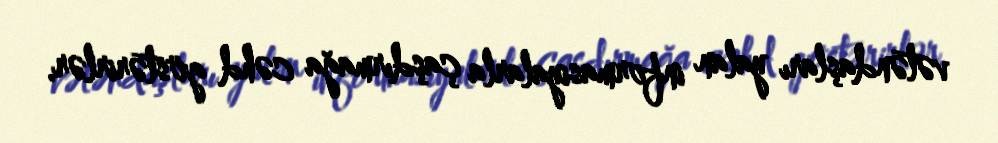
vətəndaşları yalan informasiyalarla çaşdırmağa cəhd göstərirlər.